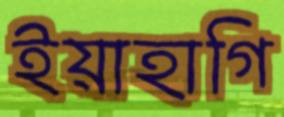
ইয়াহাগি